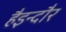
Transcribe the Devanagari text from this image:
हैइन्दौर